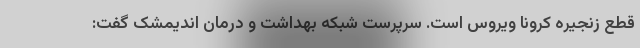
قطع زنجیره کرونا ویروس است. سرپرست شبکه بهداشت و درمان اندیمشک گفت: